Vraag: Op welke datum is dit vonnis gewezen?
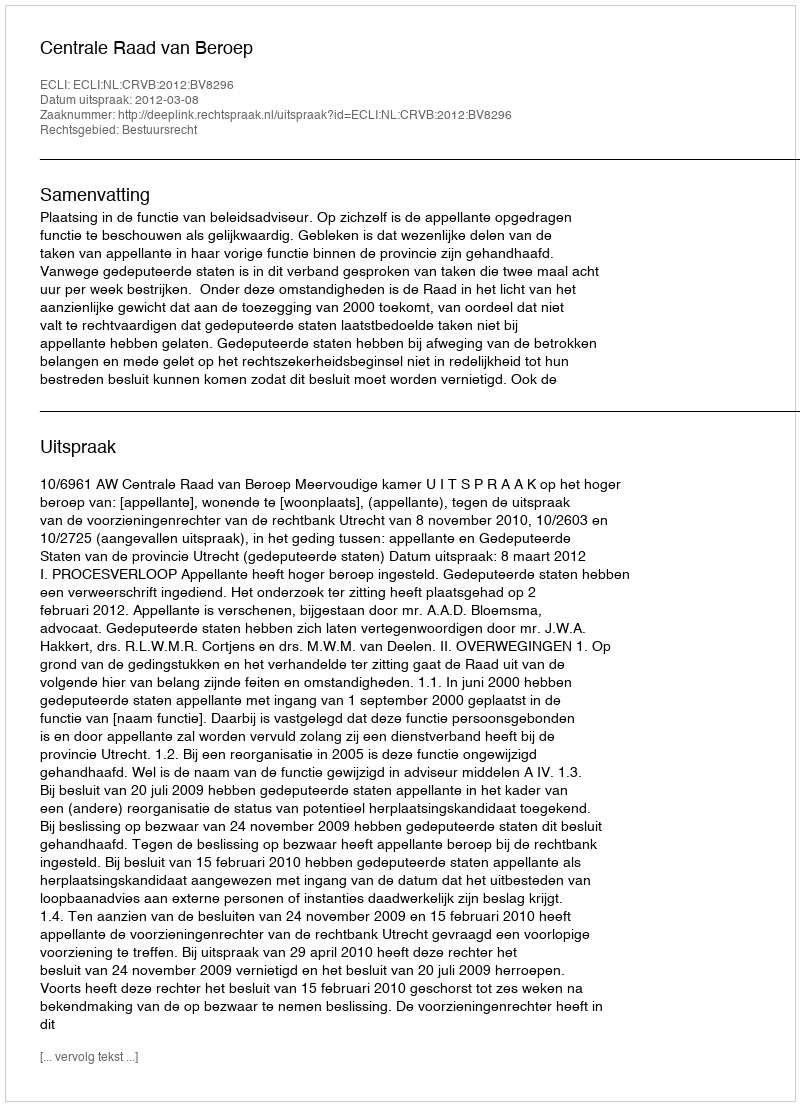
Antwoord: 2012-03-08